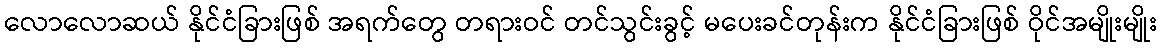
လောလောဆယ် နိုင်ငံခြားဖြစ် အရက်တွေ တရားဝင် တင်သွင်းခွင့် မပေးခင်တုန်းက နိုင်ငံခြားဖြစ် ဝိုင်အမျိုးမျိုး